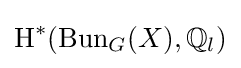
\operatorname {H} ^{*}(\operatorname {Bun} _{G}(X),\mathbb {Q} _{l})